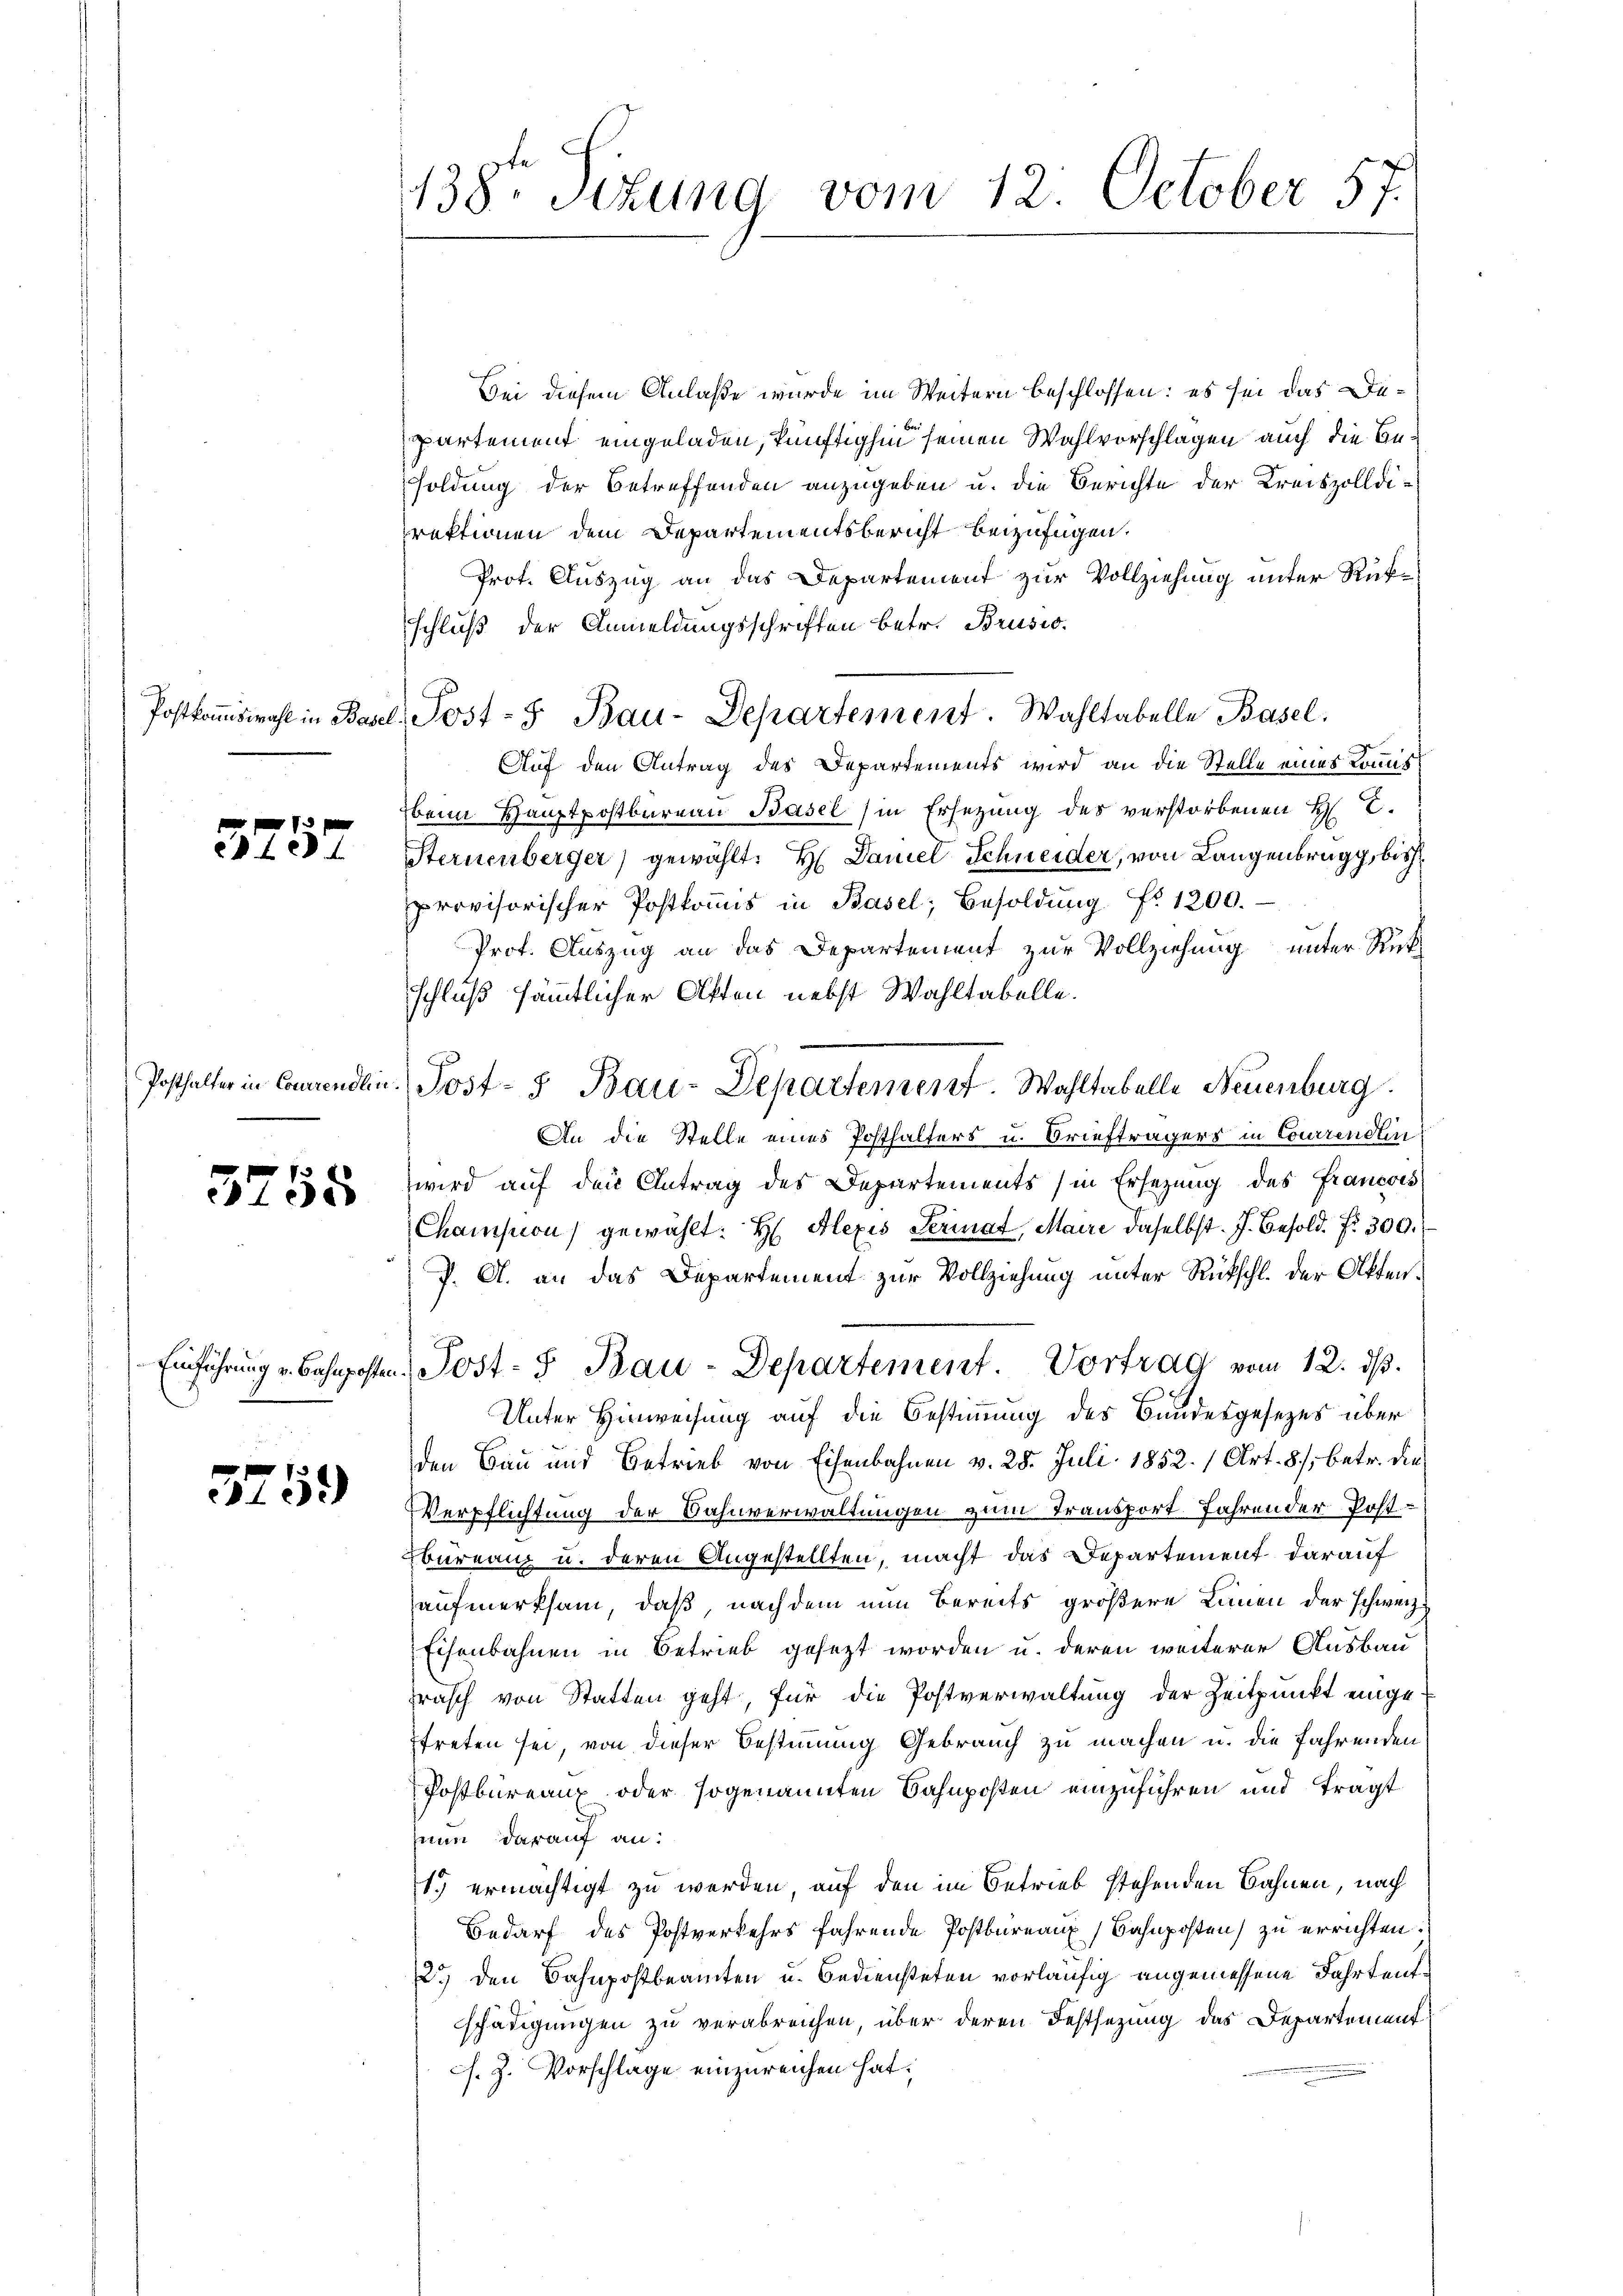
3257

5755

3759)

138te Sitzung vom 12. October 57.

Sei diesem Anlaße wurde im Weitern beschlossen: es sei das Departement eingeladen, künftighin seinen Wahlvorschlagen auch die Besoldung der betreffenden anzugeben u. die Berichte der Kreiszolldirektionen dem Departementsbericht beizufügen.
Prot. Auszug an das Departement zur Vollziehung unter Rükschluß der Anmeldungsschriften betr. Brusio.
Postkommiswahl in Basel, Post- & Bau-Departement. Wahltabelle Basel.
Auf den Antrag des Departements wird an die Stelle eines Kommisbeim Hauptpostbureau Basel (in Ersetzung des verstorbenen H. E.
Sternenberger) gewählt: Hr. Daniel Schneider, von Langenbrugg, bish
provisorischer Postkoṁis in Basel, Besoldŭng Nr. 1200.
Prot. Auszug an das Departement zur Vollziehung unter Rückschluß sämmtlicher Akten nebst Wahltabelle.
Posthalter in Conrendlin. Post- u Bau-Departement. Wahltabelle Neuenburg
An die Stelle eines Posthalters u. Briefträgers in Courrendlin
wird auf den Antrag des Departements (in Ersezung des Francois
Chamson) gewählt: H: Alexis Seriat, Maire daselbst. J. Besold. fr. 300.
J. A. an das Departement zur Vollziehung unter Rückschl. der Akten.
Einführung u. Bahnposten Post- & Bau-Departement. Vortrag vom 12. ds.
Unter Hinweisung auf die Bestimmung des Bundesgesezes über
den Bau und Betrieb von Eisenbahnen v. 28. Juli 1852. 1 Art. 8, betr. die
Verpflichtung der Bahnverwaltungen zum Transport Jahren der Postbureau u. deren Angestellten, macht das Departement darauf
aufmerksam, daß, nachdem nun bereits größere Linnen der schweiz
Eisenbahnen in Betrieb gesezt worden u. deren weiterer Ausbau
rasch von Statten geht, für die Postverwaltung der Zeitpunkt einge-
ftreten sei, von dieser Bestimmung Gebrauch zu machen u. die fahrenden
Postbureaux oder sogenannten Bahnposten einzuführen und tragt
zium darauf an:
1.) ermächtigt zu werden, auf den im Betrieb stehenden Bahnen, nach
Bedarf des Postverkehrs fahrende Postbureaux, Bahnposten) zu errichten:
.) den Bahnpostbeamten u. Bediensteten vorläufig angemessene Fahrtentschädigungen zu verabreichen, über deren Festsezung das Departement
s. Z. Vorschlage einzureichen hat.